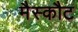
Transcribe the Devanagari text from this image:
मैस्कौट